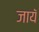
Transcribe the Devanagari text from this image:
जायॅ